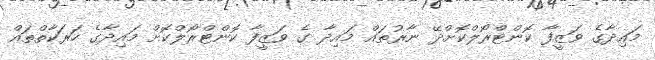
މައިދާގެ ވަޒީފާ ކޮންޓްރޯލްކޮށްދޭ ނާރުތައް މައިދާ ގެ ވަޒީފާ ކޮންޓްރޯލްކޮށް މައިދާގެ ހަރަކާތްތައް